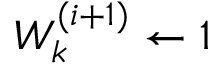
{ W _ { k } ^ { ( i + 1 ) } \leftarrow 1 }